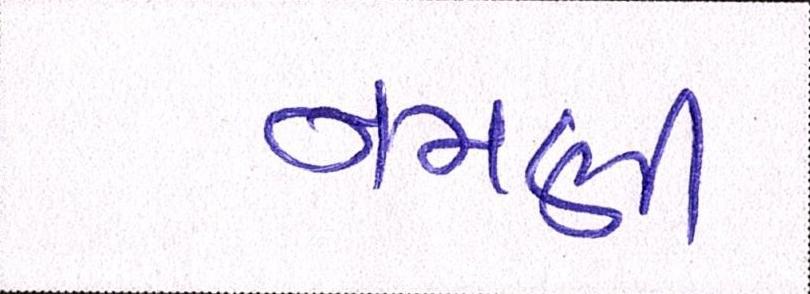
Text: નમણી